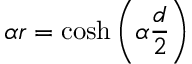
\alpha r = \cosh \left( \alpha \frac { d } { 2 } \right)